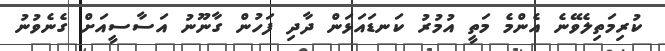
ކުރިމަތިލެވޭނެ އެންމެ މަތީ އުމުރު ކަނޑައަޅަން ދާދި ފަހުން ގާނޫނު އަސާސީއަށް ގެނެވުނު